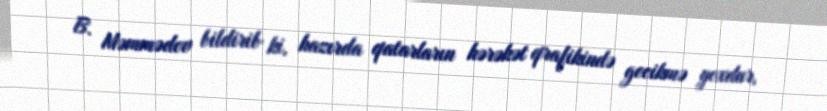
B. Məmmədov bildirib ki, hazırda qatarların hərəkət qrafikində gecikmə yoxdur,